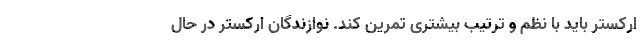
ارکستر باید با نظم و ترتیب بیشتری تمرین کند. نوازندگان ارکستر در حال